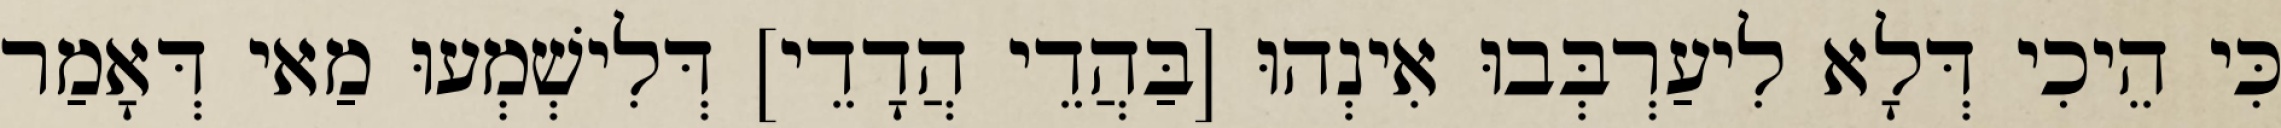
כִּי הֵיכִי דְּלָא לִיעַרְבְּבוּ אִינְהוּ [בַּהֲדֵי הֲדָדֵי] דְּלִישְׁמְעוּ מַאי דְּאָמַר